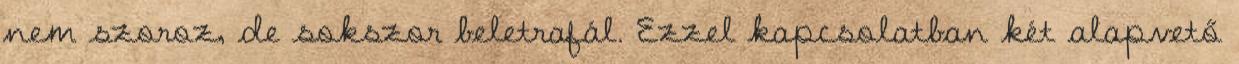
nem szoroz, de sokszor beletrafál. Ezzel kapcsolatban két alapvető